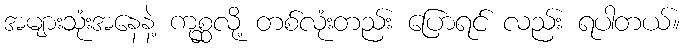
အများသုံးအနေနဲ့ ကုစ္ဆလို့ တစ်လုံးတည်း ပြောရင် လည်း ရပါတယ်။